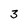
Character: 3